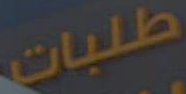
طلبات